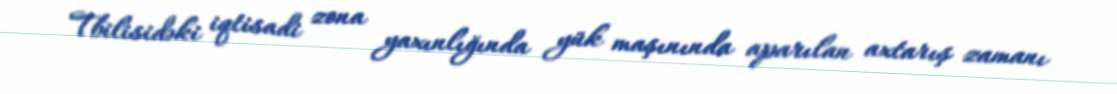
Tbilisidəki iqtisadi zona yaxınlığında yük maşınında aparılan axtarış zamanı